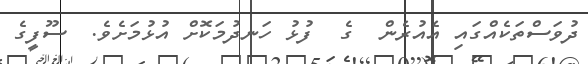
ދުވަސްތަކެއްގައި އެއުރެން  ގެ  ފުޅު ހަނދުމަކޮށް އުޅުމަށެވެ.  ސޫފީގެ